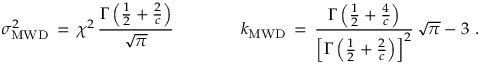
\sigma _ { \mathrm { M W D } } ^ { 2 } \, = \, \chi ^ { 2 } \, \frac { \Gamma \left( \frac { 1 } { 2 } + \frac { 2 } { c } \right) } { \sqrt { \pi } } \qquad \qquad k _ { \mathrm { M W D } } \, = \, \frac { \Gamma \left( \frac { 1 } { 2 } + \frac { 4 } { c } \right) } { \left[ \Gamma \left( \frac { 1 } { 2 } + \frac { 2 } { c } \right) \right] ^ { 2 } } \, \sqrt { \pi } - 3 \, \, .